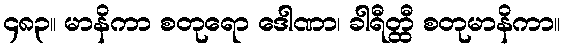
၄၈၃။ မာနိကာ စတုရော ဒေါဏာ၊ ခါရီတ္ထီ စတုမာနိကာ။